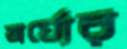
অর্ঘ্যের